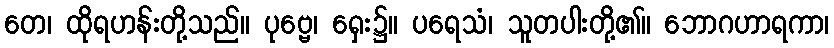
တေ၊ ထိုရဟန်းတို့သည်။ ပုဗ္ဗေ၊ ရှေး၌။ ပရေသံ၊ သူတပါးတို့၏။ ဘောဂဟာရကာ၊